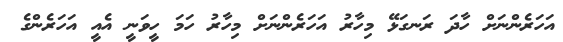
އަހަރެންނަށް ހާދަ ރަނގަޅޭ މިހާރު އަހަރެންނަށް މިހާރު ހަމަ ހީވަނީ އެއީ އަހަރެންގެ